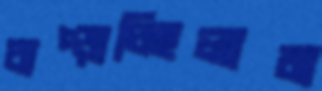
চাপ্‌ড়াচ্ছিলাম